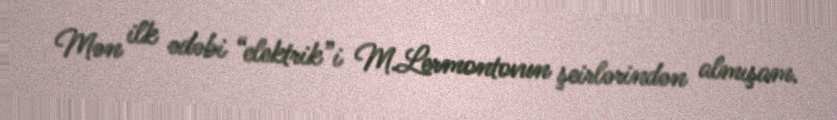
Mən ilk ədəbi “elektrik”i M.Lermontovun şeirlərindən almışam.